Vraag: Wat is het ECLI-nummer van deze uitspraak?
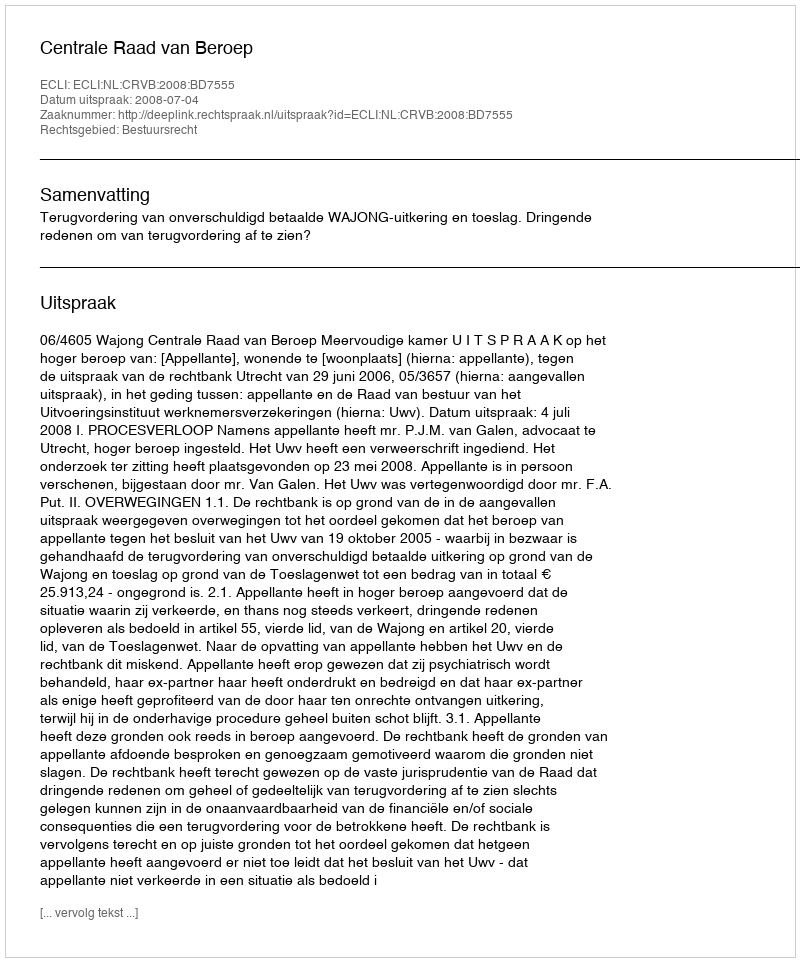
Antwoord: ECLI:NL:CRVB:2008:BD7555